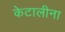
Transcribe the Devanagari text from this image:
केटालीना